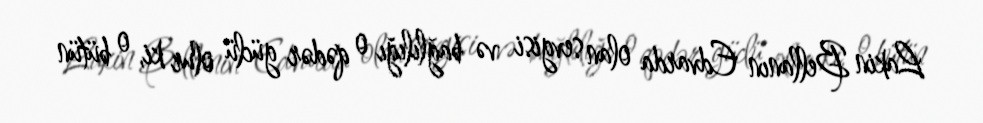
Lakin Bellanın Edvarda olan sevgisi və bağlılığı o qədər güclü olur ki, o bütün